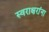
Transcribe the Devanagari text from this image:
स्वराक्षरांना